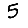
Digit: 5